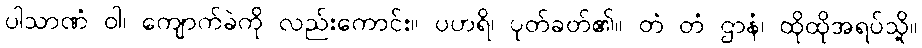
ပါသာဏံ ဝါ၊ ကျောက်ခဲကို လည်းကောင်း။ ပဟရိ၊ ပုတ်ခတ်၏။ တံ တံ ဌာနံ၊ ထိုထိုအရပ်သို့။